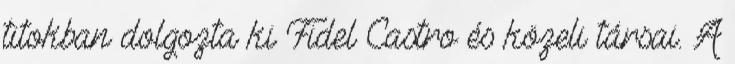
titokban dolgozta ki Fidel Castro és közeli társai. A